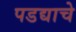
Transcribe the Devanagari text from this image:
पडद्याचे